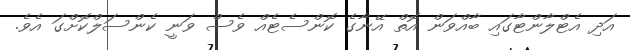
އަދި އެޓްލާންޓާގައި ބާއްވަން އޮތް އޭނާގެ ކޮންސެޓެއް ވެސް ވަނީ ކެންސަލްކޮށްގަ އެވެ.